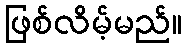
ဖြစ်လိမ့်မည်။